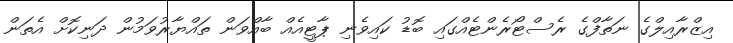
އިޒްރާއިލްގެ ނަތާފްގެ ރެސްޓޯރެންޓެއްގައި ބޮޑު ކައިވެނި ޕާޓީއެއް ބާއްވަން ތައްޔާރުވަމުން ދަނިކޮށް އެތަން